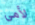
لأمي